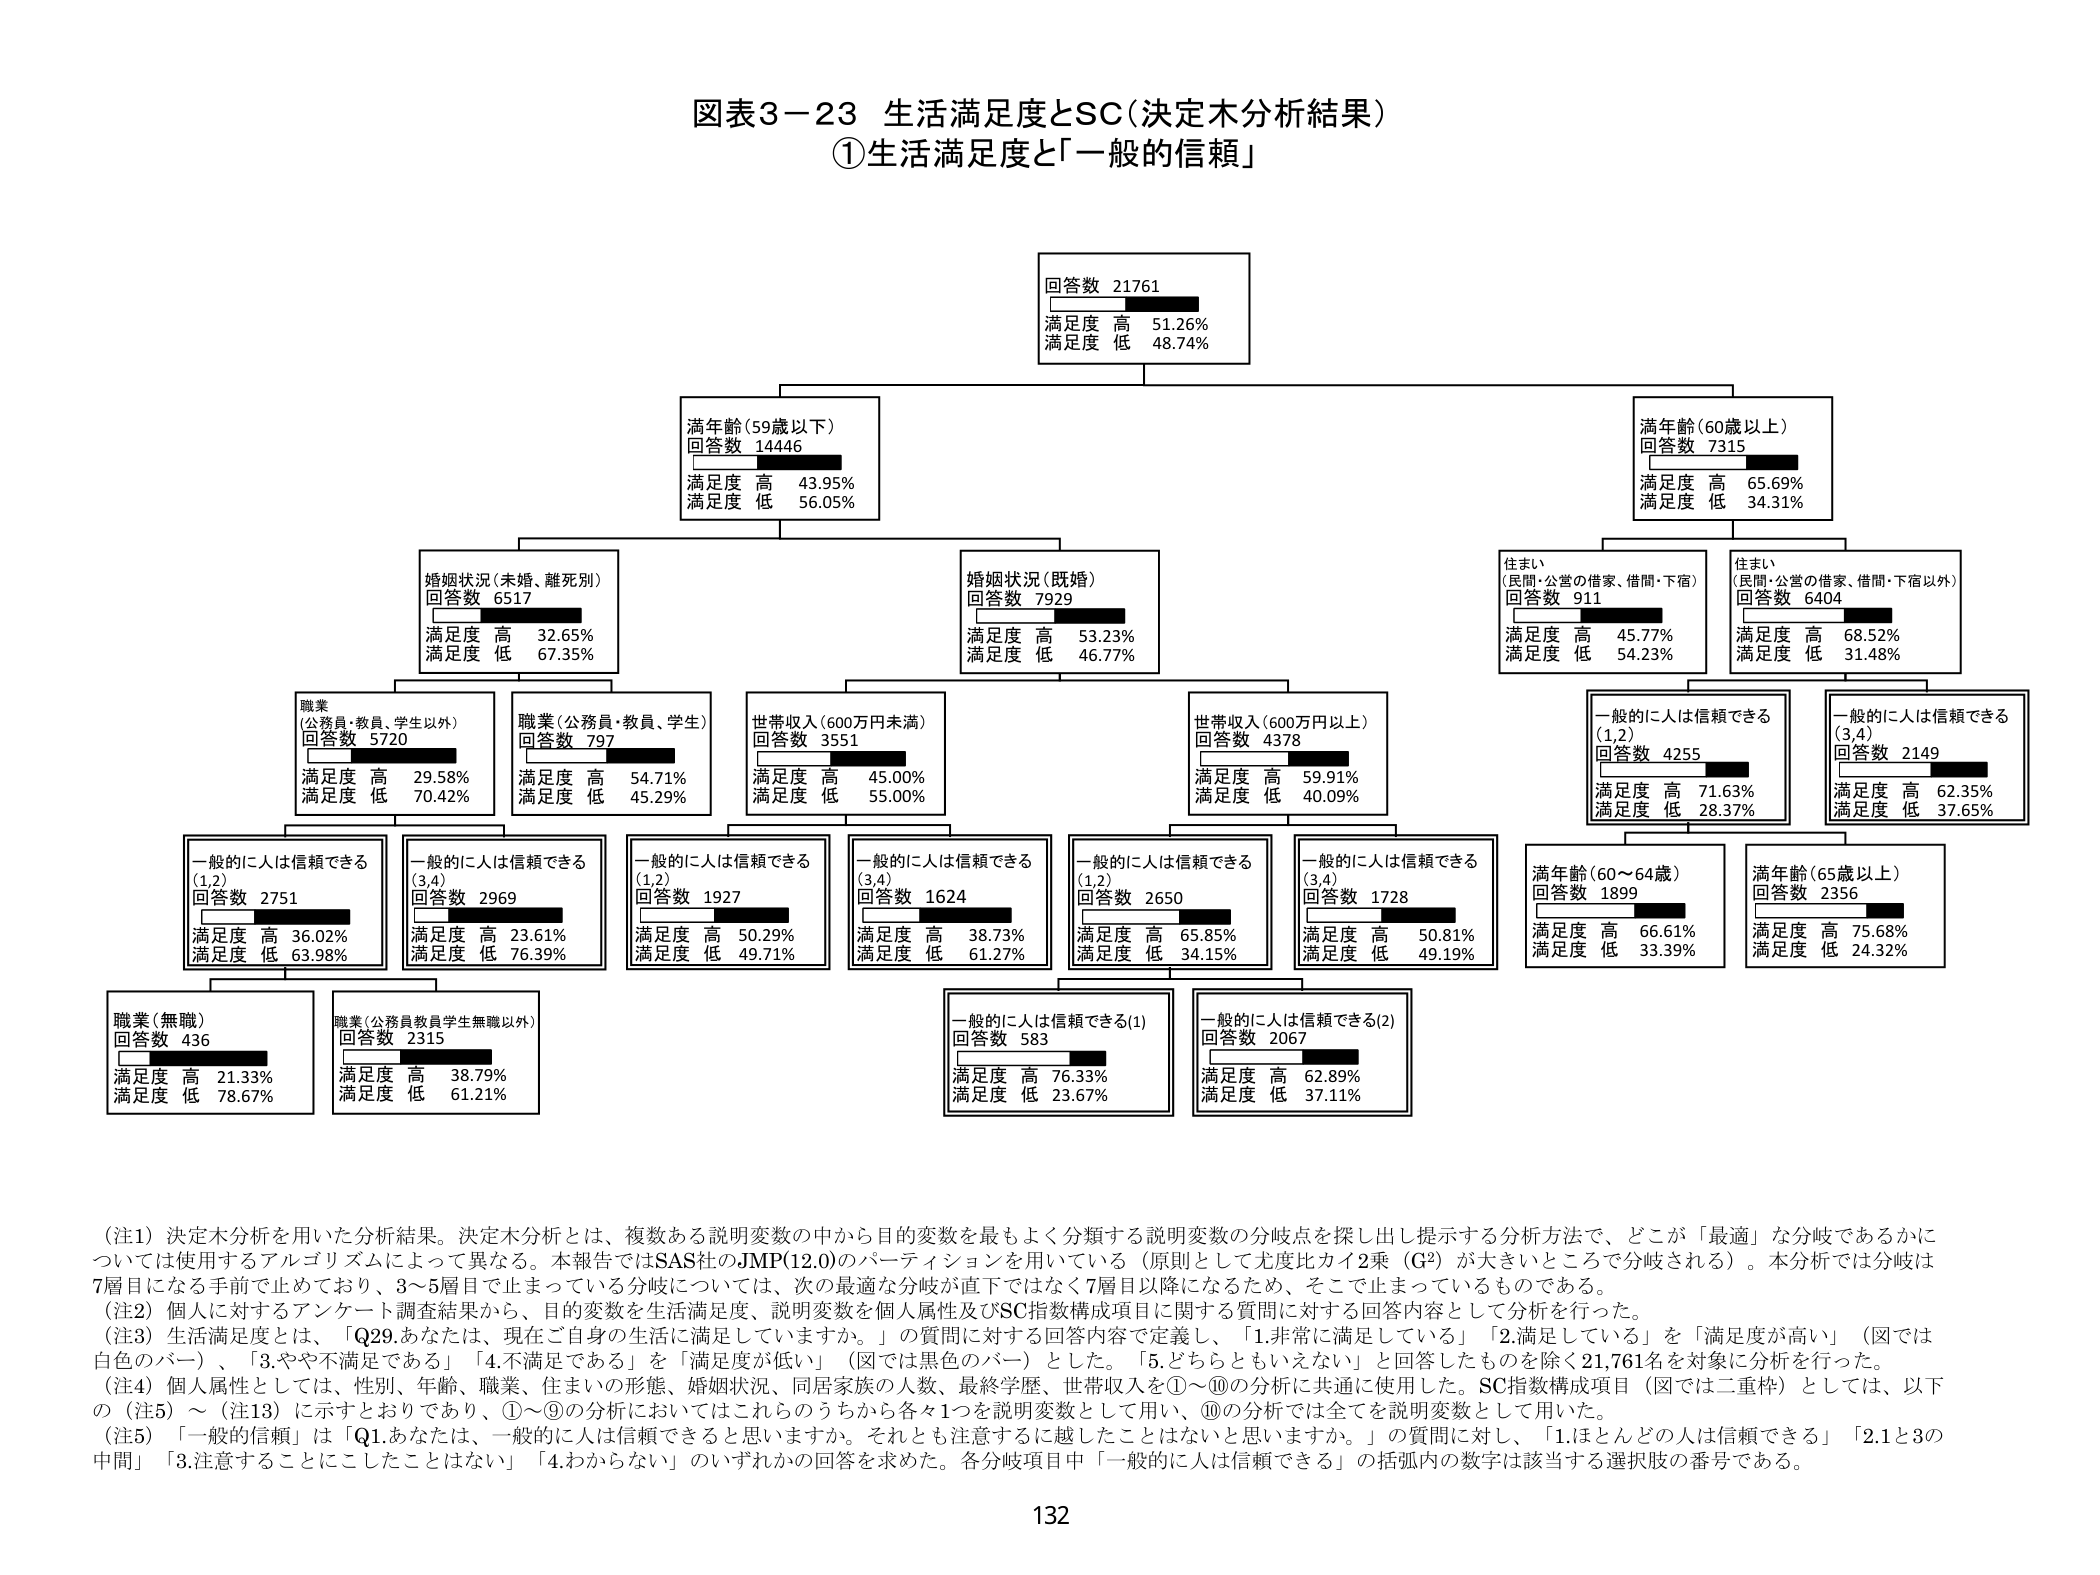
図表3-23 生活満足度とSC（決定木分析結果）
①生活満足度と「一般的信頼」

回答数 21761
満足度 高 51.26%
満足度 低 48.74%

満年齢（59歳以下）
回答数 14446
満足度 高 43.95%
満足度 低 56.05%

満年齢（60歳以上）
回答数 7315
満足度 高 65.69%
満足度 低 34.31%

婚姻状況（未婚・離死別）
回答数 6517
満足度 高 32.65%
満足度 低 67.35%

婚姻状況（既婚）
回答数 7929
満足度 高 53.23%
満足度 低 46.77%

住まい
（民間・公営の借家、借間・下宿）
回答数 911
満足度 高 45.77%
満足度 低 54.23%

住まい
（民間・公営の借家、借間・下宿以外）
回答数 6404
満足度 高 68.52%
満足度 低 31.48%

職業
（公務員・教員、学生以外）
回答数 5720
満足度 高 29.58%
満足度 低 70.42%

職業（公務員・教員、学生）
回答数 797
満足度 高 54.71%
満足度 低 45.29%

世帯収入（600万円未満）
回答数 3551
満足度 高 45.00%
満足度 低 55.00%

世帯収入（600万円以上）
回答数 4378
満足度 高 59.91%
満足度 低 40.09%

一般的に人は信頼できる
（1,2）
回答数 4255
満足度 高 71.63%
満足度 低 28.37%

一般的に人は信頼できる
（3,4）
回答数 2149
満足度 高 62.35%
満足度 低 37.65%

一般的に人は信頼できる
（1,2）
回答数 2751
満足度 高 36.02%
満足度 低 63.98%

一般的に人は信頼できる
（3,4）
回答数 2969
満足度 高 23.61%
満足度 低 76.39%

一般的に人は信頼できる
（1,2）
回答数 1927
満足度 高 50.29%
満足度 低 49.71%

一般的に人は信頼できる
（3,4）
回答数 1624
満足度 高 38.73%
満足度 低 61.27%

一般的に人は信頼できる
（1,2）
回答数 2650
満足度 高 65.85%
満足度 低 34.15%

一般的に人は信頼できる
（3,4）
回答数 1728
満足度 高 50.81%
満足度 低 49.19%

満年齢（60～64歳）
回答数 1899
満足度 高 66.61%
満足度 低 33.39%

満年齢（65歳以上）
回答数 2356
満足度 高 75.68%
満足度 低 24.32%

職業（無職）
回答数 436
満足度 高 21.33%
満足度 低 78.67%

職業（公務員教員学生無職以外）
回答数 2315
満足度 高 38.79%
満足度 低 61.21%

一般的に人は信頼できる（1）
回答数 583
満足度 高 76.33%
満足度 低 23.67%

一般的に人は信頼できる（2）
回答数 2067
満足度 高 62.89%
満足度 低 37.11%

（注1）決定木分析を用いた分析結果。決定木分析とは、複数ある説明変数の中から目的変数を最もよく分類する説明変数の分岐点を探し出し提示する分析方法で、どこが「最適」な分岐であるかについては使用するアルゴリズムによって異なる。本報告ではSAS社のJMP(12.0)のパーティションを用いていて（原則として尤度比カイ2乗（G²）が大きいところで分岐される）。本分析では分岐は7層目になる手前で止めており、3～5層目で止まっている分岐については、次の最適な分岐が直下ではなく7層目以降になるため、そこで止まっているものである。
（注2）個人に対するアンケート調査結果から、目的変数を生活満足度、説明変数を個人属性及びSC指数構成項目に関する質問に対する回答内容として分析を行った。
（注3）生活満足度とは、「Q29.あなたは、現在ご自身の生活に満足していますか。」の質問に対する回答内容で定義し、「1.非常に満足している」「2.満足している」を「満足度が高い」（図では白色のバー）、「3.やや不満足である」「4.不満足である」を「満足度が低い」（図では黒色のバー）とした。「5.どちらともいえない」と回答したものを除く21,761名を対象に分析を行った。
（注4）個人属性としては、性別、年齢、職業、住まいの形態、婚姻状況、同居家族の人数、最終学歴、世帯収入を①～⑩の分析に共通に使用した。SC指数構成項目（図では二重枠）としては、以下の（注5）～（注13）に示すとおりであり、①～⑨の分析においてはこれらの中から各々1つを説明変数として用い、⑩の分析では全てを説明変数として用いた。
（注5）「一般的信頼」は「Q1.あなたは、一般的に人は信頼できると思いますか。それとも注意するに越したことはないと思いますか。」の質問に対して、「1.ほとんどの人は信頼できる」「2.1と3の中間」「3.注意することにしたことはない」「4.わからない」のいずれかの回答を求めた。各分岐項目中「一般的に人は信頼できる」の括弧内の数字は該当する選択肢の番号である。

132